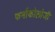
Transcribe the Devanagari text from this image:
फर्माकोलोजी